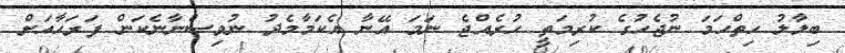
ބިލާލު ހިތްހަމަ ނުޖެހުގެ ކުރިމަތީ ހުރެއްޖެ ނަމަ އޭނާ އެކަމާމެދު ނުވިސްނާނެކަން ފަރަހާއަށް